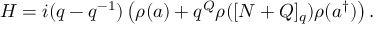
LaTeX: H = i ( q - q ^ { - 1 } ) \left( \rho ( a ) + q ^ { Q } \rho ( [ N + Q ] _ { q } ) \rho ( a ^ { \dagger } ) \right) .